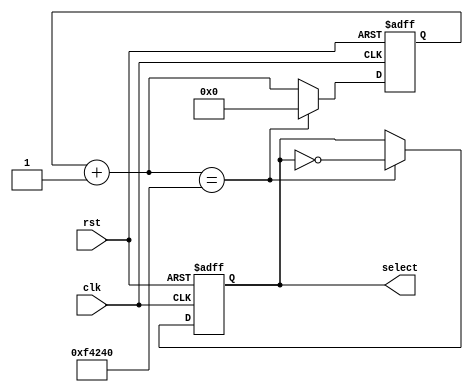
module num_selector(input clk, input rst, output reg select);
    
    parameter DELAY = 1000000; //10ms
    reg [19:0]counter;
    
    always @(posedge clk or posedge rst)begin
        
        if(rst)begin
            select = 0;
            counter = 20'b0;
        end
        else begin
            counter = counter + 20'b1;
            if(counter == DELAY) begin
                select = !select;
                counter = 20'b0;
            end
        end
    end
endmodule